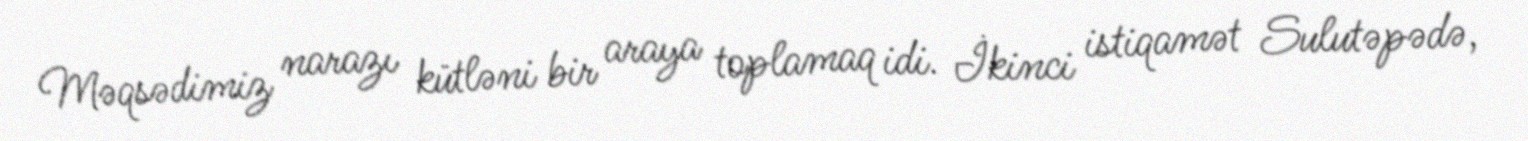
Məqsədimiz narazı kütləni bir araya toplamaq idi. İkinci istiqamət Sulutəpədə,